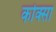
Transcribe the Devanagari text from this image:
कोक्सा